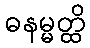
ဓနမ္မတ္ထိ